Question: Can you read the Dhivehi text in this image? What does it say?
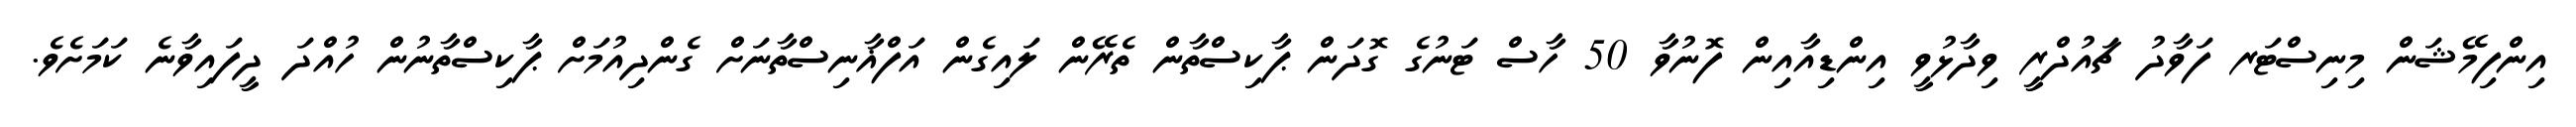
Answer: އިންފިމޭޝަން މިނިސްޓަރ ފަވާދު ޗައުދްރީ ވިދާޅުވީ އިންޑިއާއިން ފޮނުވާ 50 ހާސް ޓަނުގެ ގޮދަން ޕާކިސްތާން ތެރޭން ލައިގެން އަފްޣާނިސްތާނަށް ގެންދިއުމަށް ޕާކިސްތާނުން ހުއްދަ ދީފައިވާނެ ކަމަށެވެ.